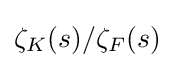
\zeta _{K}(s)/\zeta _{F}(s)